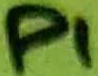
Text: P1